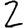
Digit: 2